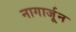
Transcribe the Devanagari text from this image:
नागार्जून